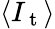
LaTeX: \langle I_{\mathrm{~t~}}\rangle